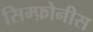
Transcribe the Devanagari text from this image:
सिम्फ़ोनीस